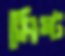
মিষ্ট